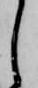
し